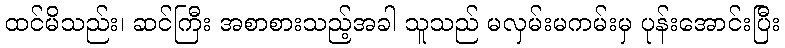
ထင်မိသည်း၊ ဆင်ကြီး အစာစားသည့်အခါ သူသည် မလှမ်းမကမ်းမှ ပုန်းအောင်းပြီး